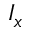
I _ { x }